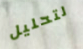
لتحليل